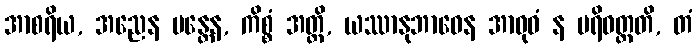
အာစရိယ, အညေန မန္တေန, ကိစ္စံ အတ္ထိ, ယဿာနုဘာဝေန အာဝုဓံ န ပရိဝတ္တတိ, တံ